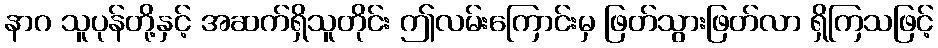
နာဂ သူပုန်တို့နှင့် အဆက်ရှိသူတိုင်း ဤလမ်းကြောင်းမှ ဖြတ်သွားဖြတ်လာ ရှိကြသဖြင့်